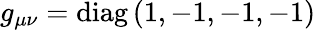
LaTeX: g_{\mu\nu}=\mathrm{diag}\left(1,-1,-1,-1\right)